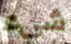
شيء